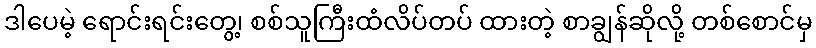
ဒါပေမဲ့ ရောင်းရင်းတွေ့၊ စစ်သူကြီးထံလိပ်တပ် ထားတဲ့ စာချွန်ဆိုလို့ တစ်စောင်မှ